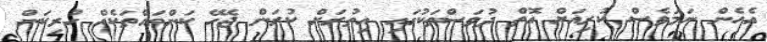
އެހެން ނަމަވެސް ކުރިއަށް އޮތް ދުވަސްތަކުގައި އިތުރަށް ކުރަން ޖެހޭ ކަންތައްތަކެއް ހުރިކަން